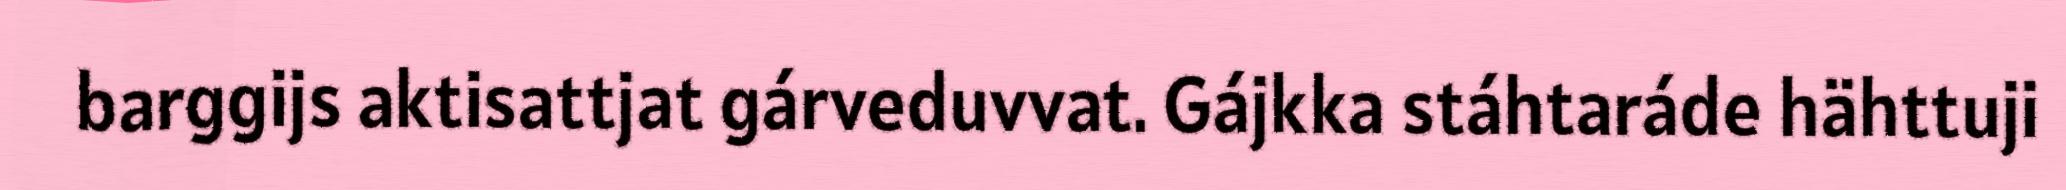
barggijs aktisattjat gárveduvvat. Gájkka stáhtaráde hähttuji